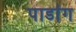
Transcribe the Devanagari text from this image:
पाडांग